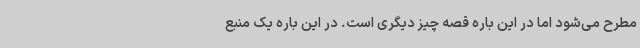
مطرح می‌شود اما در این باره قصه چیز دیگری است. در این باره یک منبع